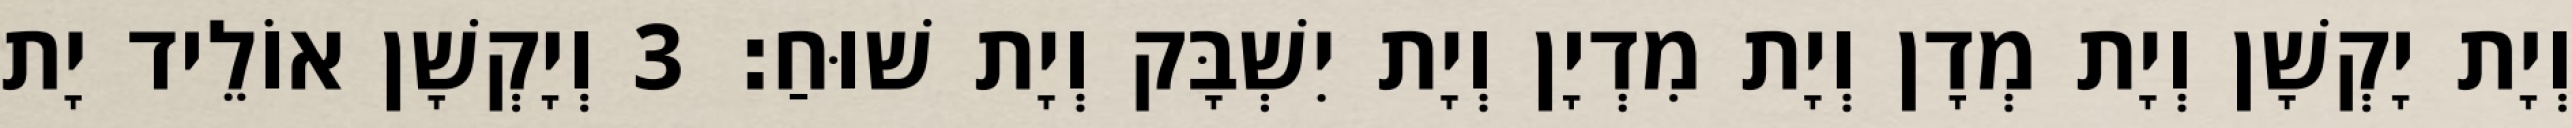
וְיָת יָקְשָׁן וְיָת מְדָן וְיָת מִדְיָן וְיָת יִשְׁבָּק וְיָת שׁוּחַ׃ 3 וְיָקְשָׁן אוֹלֵיד יָת